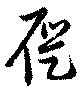
屣